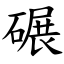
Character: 碾